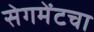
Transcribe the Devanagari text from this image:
सेगमेंटचा